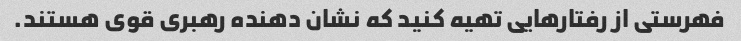
فهرستی از رفتارهایی تهیه کنید که نشان دهنده رهبری قوی هستند.